Annual statistical returns and brief notes on vaccination in Bengal - 1909-1929
Year: 1909
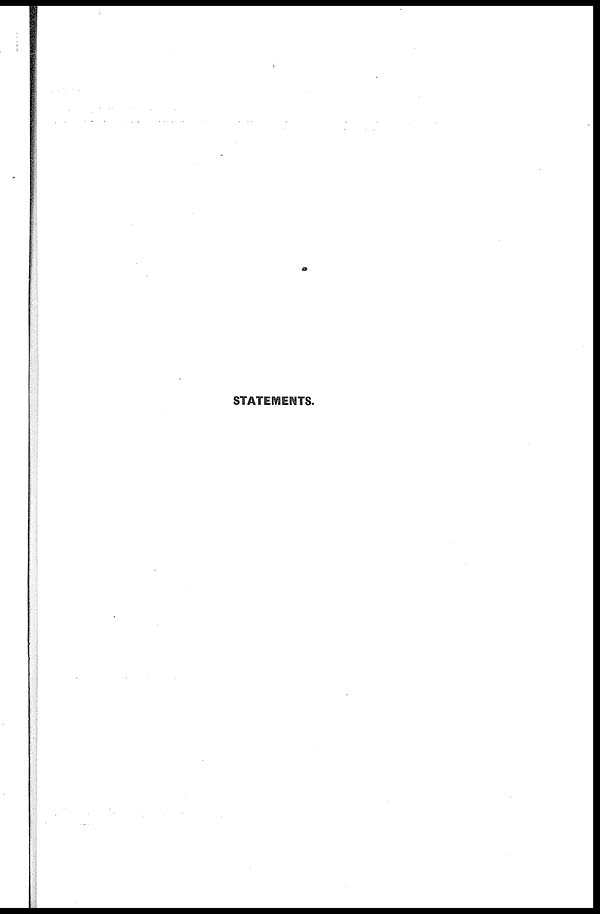
STATEMENTS.